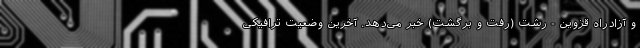
و آزادراه قزوین - رشت (رفت و برگشت) خبر می‌دهد. آخرین وضعیت ترافیکی